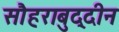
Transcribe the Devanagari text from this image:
सौहराबुद्दीन